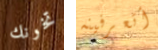
تخونك أتعرفينه